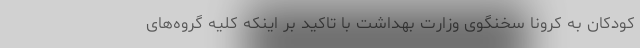
کودکان به کرونا سخنگوی وزارت بهداشت با تاکید بر اینکه کلیه گروه‌های